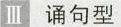
Ⅲ 诵句型